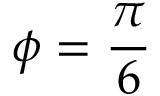
\phi = \frac { \pi } { 6 }